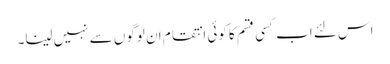
اس لئے اب کسی قسم کا کوئی انتقام ان لوگوں سے نہیں لینا۔